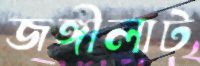
জঙ্গীলাট